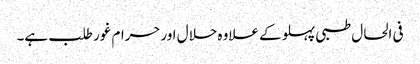
فی الحال طبی پہلو کے علاوہ حلال اورحرام غور طلب ہے۔